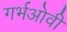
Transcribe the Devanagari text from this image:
गर्भओवी